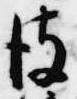
彼